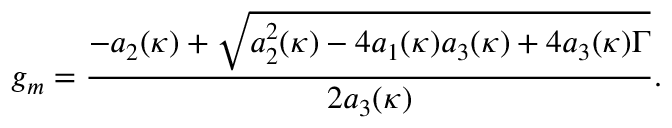
g _ { m } = \frac { - a _ { 2 } ( \kappa ) + \sqrt { a _ { 2 } ^ { 2 } ( \kappa ) - 4 a _ { 1 } ( \kappa ) a _ { 3 } ( \kappa ) + 4 a _ { 3 } ( \kappa ) \Gamma } } { 2 a _ { 3 } ( \kappa ) } .